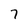
Character: 7